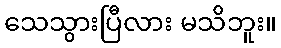
သေသွားပြီလား မသိဘူး။